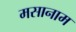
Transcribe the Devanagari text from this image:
मसानाम